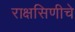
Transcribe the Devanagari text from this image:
राक्षसिणीचे